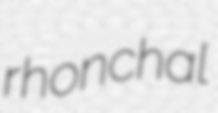
rhonchal